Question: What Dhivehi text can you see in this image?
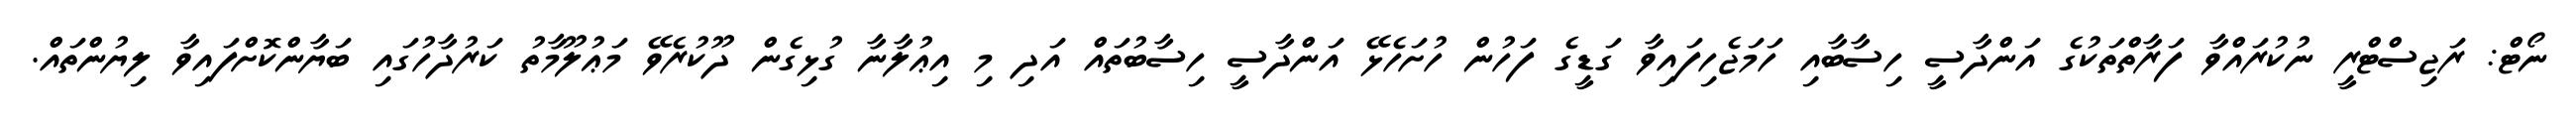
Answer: ނޯޓް: ރަޖިސްޓްރީ ނުކުރައްވާ ފަރާތްތަކުގެ އަންދާސީ ހިސާބާއި ހަމަޖެހިފައިވާ ގަޑީގެ ފަހުން ހުށަހެޅޭ އަންދާސީ ހިސާބުތައް އަދި މި އިޢުލާނާ ގުޅިގެން ދޫކުރެވޭ މަޢުލޫމާތު ކަރުދާހުގައި ބަޔާންކޮށްފައިވާ ލިޔުންތައް.